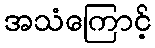
အသံကြောင့်